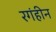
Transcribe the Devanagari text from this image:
रगंहीन